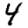
Digit: 4